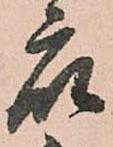
衆